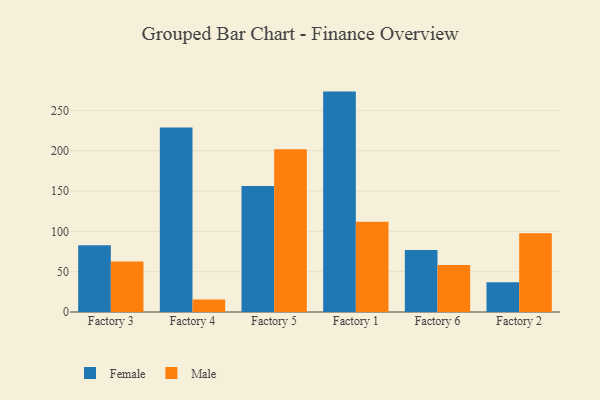
{"axis": {"x": "Factory", "y": "Gross Profit (USD K)"}, "legend": ["Female", "Male"], "data": [{"x": "Factory 3", "y": 82.7, "type": "Female"}, {"x": "Factory 3", "y": 62.5, "type": "Male"}, {"x": "Factory 4", "y": 228.9, "type": "Female"}, {"x": "Factory 4", "y": 15.6, "type": "Male"}, {"x": "Factory 5", "y": 156.4, "type": "Female"}, {"x": "Factory 5", "y": 201.9, "type": "Male"}, {"x": "Factory 1", "y": 273.4, "type": "Female"}, {"x": "Factory 1", "y": 111.9, "type": "Male"}, {"x": "Factory 6", "y": 76.8, "type": "Female"}, {"x": "Factory 6", "y": 58.3, "type": "Male"}, {"x": "Factory 2", "y": 37.0, "type": "Female"}, {"x": "Factory 2", "y": 97.6, "type": "Male"}]}